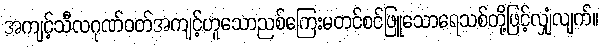
အကျင့်သီလဂုဏ်ဝတ်အကျင့်ဟူသောညစ်ကြေးမတင်စင်ဖြူသောရေသစ်တို့ဖြင့်လျှံလျက်။